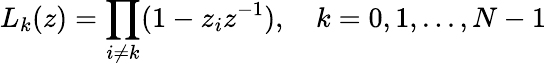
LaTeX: L_{k}(z)=\prod_{i\neq k}(1-z_{i}z^{-1}),\quad k=0,1,...,N-1